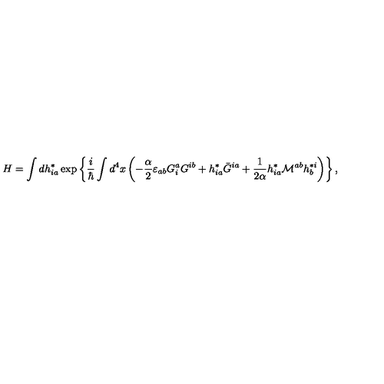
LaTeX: H = \int d h _ { i a } ^ { * } \exp \left\{ \frac { i } { \hbar } \int d ^ { 4 } x \left( - \frac { \alpha } { 2 } \varepsilon _ { a b } G _ { i } ^ { a } G ^ { i b } + h _ { i a } ^ { * } \bar { G } ^ { i a } + \frac { 1 } { 2 \alpha } h _ { i a } ^ { * } { \cal M } ^ { a b } h _ { b } ^ { * i } \right) \right\} ,